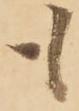
も